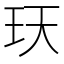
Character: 𤤇